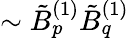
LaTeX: \sim\tilde{B}_{p}^{(1)}\tilde{B}_{q}^{(1)}